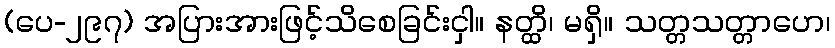
(ပေ-၂၉၇) အပြားအားဖြင့်သိစေခြင်းငှါ။ နတ္ထိ၊ မရှိ။ သတ္တသတ္တာဟေ၊